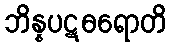
ဘိန္နပဋဓရောတိ